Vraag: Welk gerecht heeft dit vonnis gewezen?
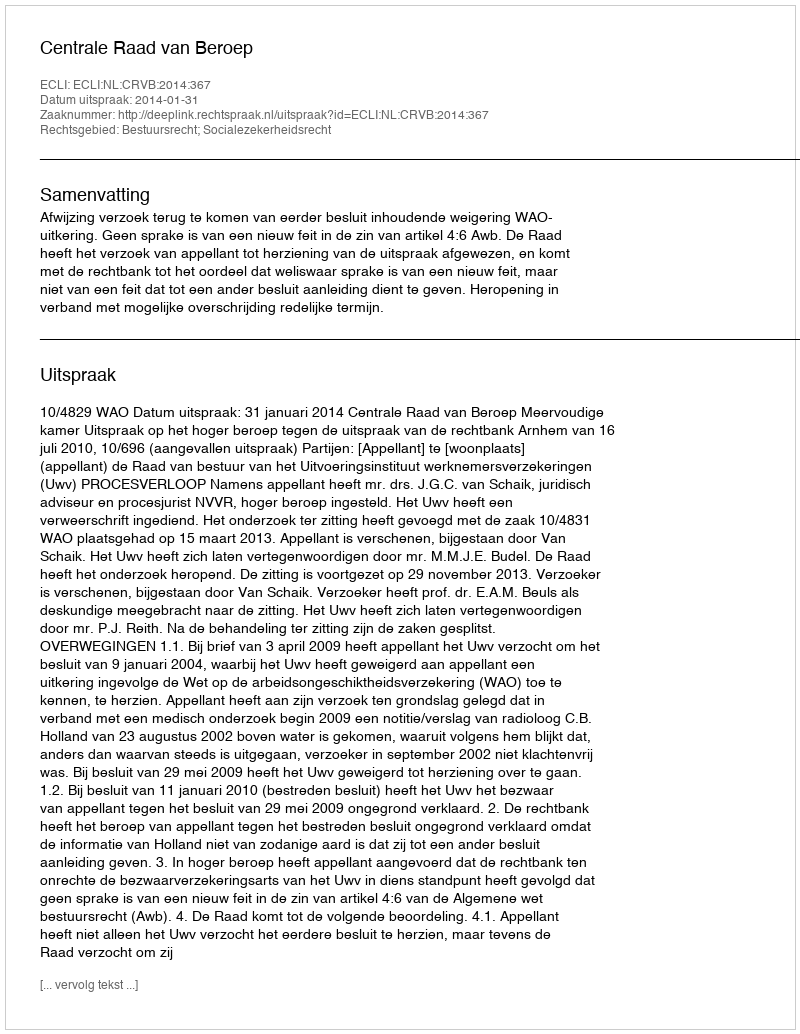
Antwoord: Centrale Raad van Beroep